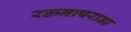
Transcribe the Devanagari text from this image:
रऊनापराडा